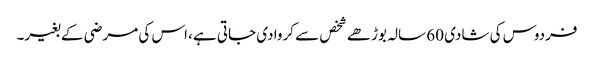
فردوس کی شادی 60 سالہ بوڑھے شخص سے کروا دی جاتی ہے، اس کی مرضی کے بغیر۔